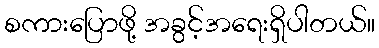
စကားပြောဖို့ အခွင့်အရေးရှိပါတယ်။